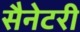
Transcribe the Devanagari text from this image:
सैनेटरी